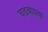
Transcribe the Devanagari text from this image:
घडवायचा